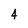
Character: 4